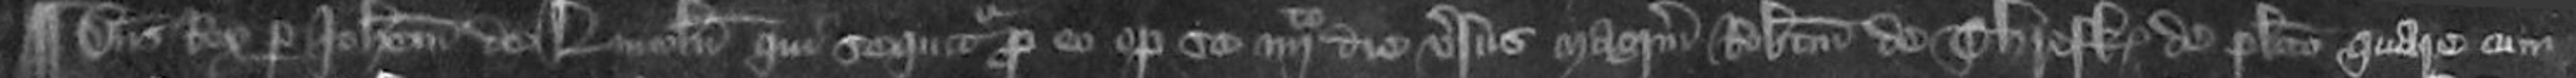
¶ Dominus Rex per Johannem de Lincoln qui sequitur pro eo optulit se quarto die versus Magistrum Robertum de Thresk de placito quare cum